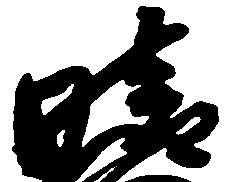
晴